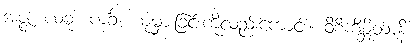
အဇ္ဇ၊ ယခု။ ကင်္ခံ၊ ယုံမှားခြင်းကိုလည်းကောင်း။ ဝိစိကိစ္ဆိတာနိ၊